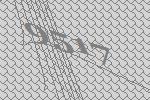
9517